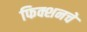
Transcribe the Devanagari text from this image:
फिक्शनचे